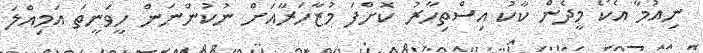
ނިއުމާ އެކޯ މީދެން ކާކު އިސްތިހާރު ކޮށްފަ މުޒާހަރާއަށް ނުކުންނަން ހީވަނީތަ އަމިއްލަ